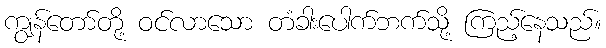
ကျွန်တော်တို့ ဝင်လာသော တံခါးပေါက်ဘက်သို့ ကြည့်နေသည်။